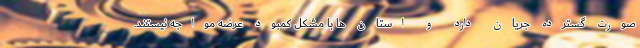
صورت گسترده جریان دارد و استان ها با مشکل کمبود عرضه مواجه نیستند.